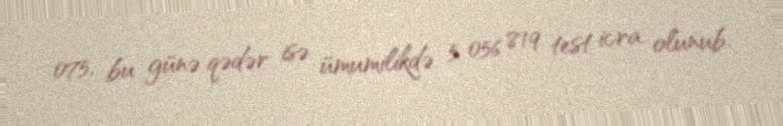
075, bu günə qədər isə ümumilikdə 5 056 819 test icra olunub.